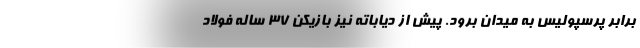
برابر پرسپولیس به میدان برود. پیش از دیاباته نیز بازیکن 37 ساله فولاد